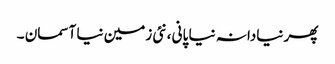
پھر نیادانہ نیا پانی ،نئی زمین نیا آسمان ۔